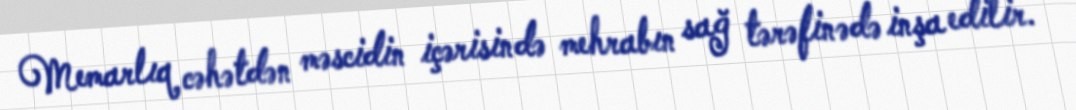
Memarlıq cəhətdən məscidin içərisində mehrabın sağ tərəfinədə inşa edilir.